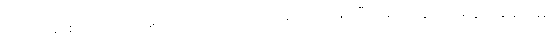
ကောက်ရိုးစများသည် အပြတ်ပြတ် အတောင်းတောင်းဖြင့် မီးဖိုဘေးတွင် တရနံ့ကြဲနေသည်။